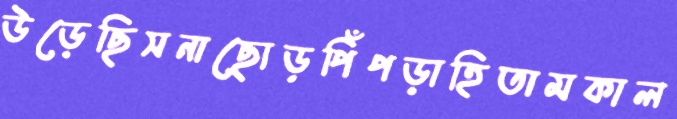
উড়েছিসনাছোড়পিঁপড়াহিতামকাল